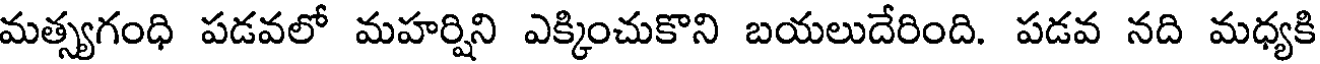
మత్స్యగంధి పడవలో మహర్షిని ఎక్కించుకొని బయలుదేరింది. పడవ నది మధ్యకి